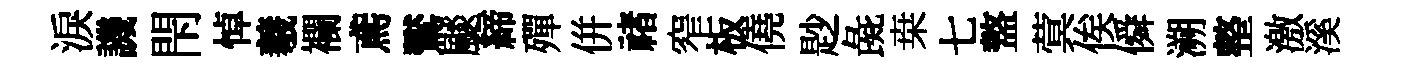
淚譏閇悼羲襴鳶鸑颷締殫併禇窄板僥尟彘桒七盩蓂俟僢溯整激溪